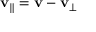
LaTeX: \mathbf { v } _ { \parallel } = \mathbf { v } - \mathbf { v } _ { \perp }